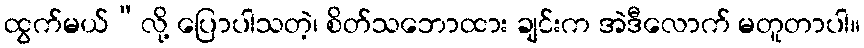
ထွက်မယ်”လို့ ပြောပါသတဲ့၊ စိတ်သဘောထား ချင်းက အဲဒီလောက် မတူတာပါ။